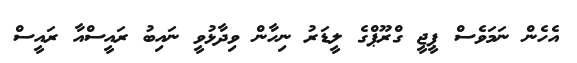
އެެހެން ނަމަވެސް ޕީޖީ ގްރޫޕްގެ ލީޑަރު ނިހާން ވިދާޅުވީ ނައިބު ރައީސްއާ ރައީސް